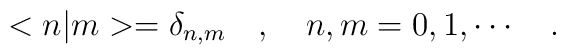
<n|m>=\delta_{n,m}\ \ \ ,\ \ \ n,m=0,1,\cdots\ \ \ .